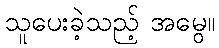
သူပေးခဲ့သည့် အမွေ။